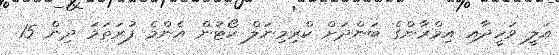
އަލީ ވަހީދާއި އިމްރާންގެ ބަންދަށް ކްރިމިނަލް ކޯޓުން އެންމެ ފުރަތަމަ ދިން 15